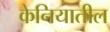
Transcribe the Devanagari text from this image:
केनियातील